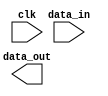
module synchronous_process (
input wire clk,
input wire [7:0] data_in,
output reg [7:0] data_out
);

always @(posedge clk) begin
// Insert operation here
end

endmodule